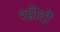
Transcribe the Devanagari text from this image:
श्हीदों